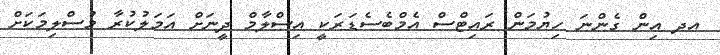
އދ އިން ގެންނަ ހިޔުމަން ރައިޓްސް އެމްބެސެޑަރަކީ އިސްލާމް ދީނަށް އަމަލުކުރާ މުސްލިމަކަށް